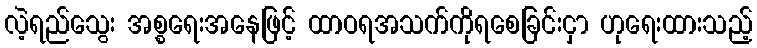
လဲ့ရည်သွေး အစ္စရေးအနေဖြင့် ထာဝရအသက်ကိုရစေခြင်းငှာ ဟုရေးထားသည့်